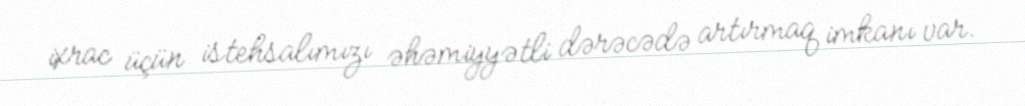
ixrac üçün istehsalımızı əhəmiyyətli dərəcədə artırmaq imkanı var.